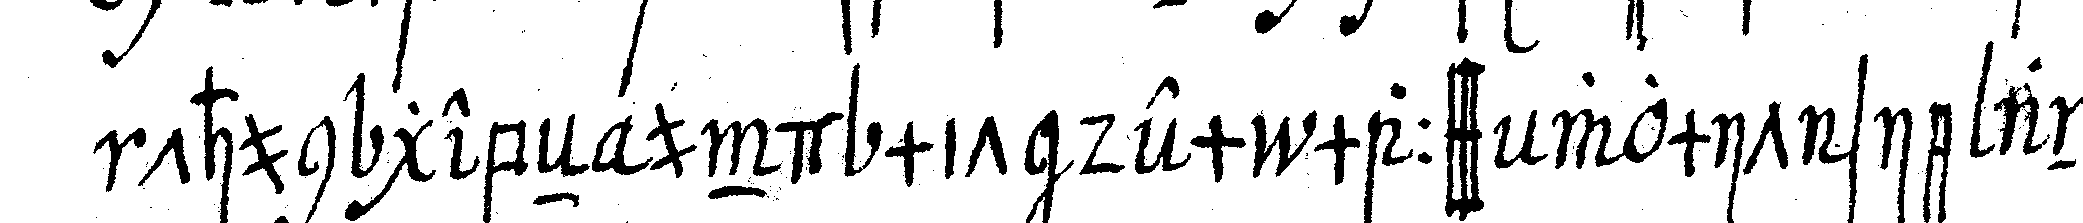
thun gebeN und mit dem mass womit sie ande